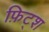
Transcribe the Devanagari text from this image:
फ़िट्श